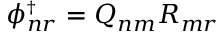
\ensuremath { \phi _ { n r } ^ { \scriptscriptstyle \dag } } = Q _ { n m } R _ { m r }